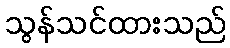
သွန်သင်ထားသည်